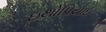
ઇથોપિયાઇ